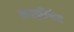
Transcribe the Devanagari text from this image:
काझीपेट